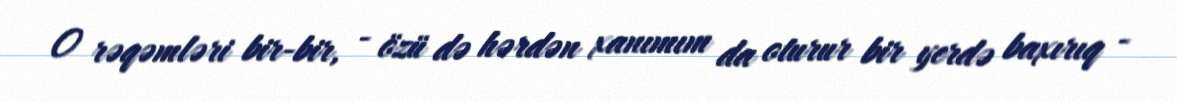
O rəqəmləri bir-bir, - özü də hərdən xanımım da oturur bir yerdə baxırıq -